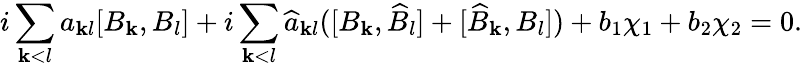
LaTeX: i\sum_{\mathbf{k}<l}a_{\mathbf{k}l}[B_{\mathbf{k}},B_{l}]+i\sum_{\mathbf{k}<l}\widehat{{a}}_{\mathbf{k}l}([B_{\mathbf{k}},\widehat{{B}}_{l}]+[\widehat{{B}}_{\mathbf{k}},B_{l}])+b_{1}\chi_{1}+b_{2}\chi_{2}=0.